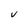
Character: V